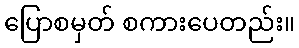
ပြောစမှတ် စကားပေတည်း။